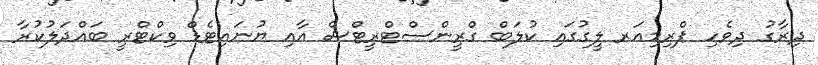
ދިރާގު ދިވެހި ޕްރިމިއަރ ލީގުގައި ކުލަބް ގްރީންސްޓްރީޓްސް އާއި ޔުނައިޓެޑް ވިކްޓްރީ ބައްދަލުކުރާ